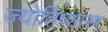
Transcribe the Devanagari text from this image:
ज्योतिष्शास्त्र